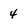
Character: 4